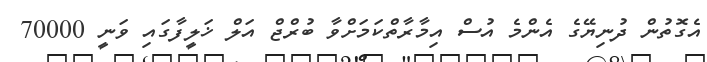
އެގޮތުން ދުނިޔޭގެ އެންމެ އުސް އިމާރާތްކަމަށްވާ ބުރްޖް އަލް ޚަލީފާގައި ވަނީ 70000